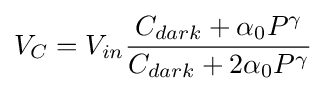
V_{C}=V_{in}{\frac {C_{dark}+\alpha _{0}P^{\gamma }}{C_{dark}+2\alpha _{0}P^{\gamma }}}